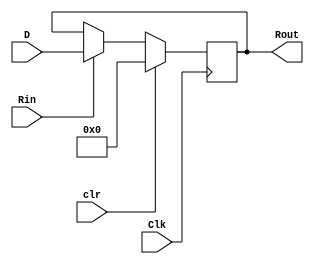
// Questions to ask

`timescale 1ns/10ps
module reg32(
	input Clk, clr, Rin,
	input [31:0] D,
	output reg [31:0] Rout
	);
	always@(posedge Clk)
	begin
		if (Rin==1)
		begin
			Rout = D;
		end
		if (clr)
		begin
			Rout = 32'b0;
		end
		
	end
endmodule